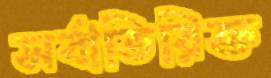
সর্বাতিরিক্ত